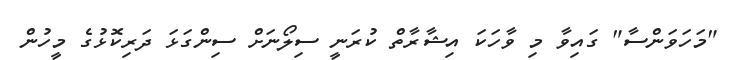
"މަހަވަންސާ" ގައިވާ މި ވާހަކަ އިޝާރާތް ކުރަނީ ސިލޯނަށް ސިންގަޅަ ދަރިކޮޅުގެ މީހުން